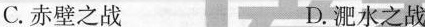
C.赤壁之战 D.淝水之战